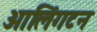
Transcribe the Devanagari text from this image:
आलिंगटन